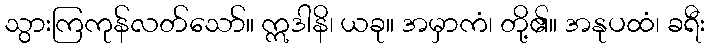
သွားကြကုန်လတ်သော်။ ဣဒါနိ၊ ယခု။ အမှာကံ၊ တို့၏။ အနုပထံ၊ ခရီး